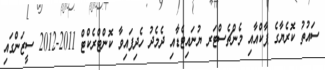
ސައުތު ކޮރެޔާގެ ޕާކްއާއި މެންޗެސްޓަރ ޔުނައިޓެޑާއި ދެމެދު ހެދިފައިވާ ކޮންޓްރެކްޓް 2011-2012 ސީޒަންގައި